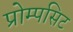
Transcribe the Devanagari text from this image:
प्रोम्पसिट